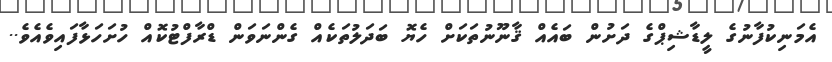
އެމަނިކުފާނުގެ ލީޑާޝިޕްގެ ދަށުން ބައެއް ޤާނޫނުތަކަށް ހެޔޮ ބަދަލުތަކެއް ގެންނަވަން ޑްރާފްޓުކޮއް ހުށަހަޅާފައިވެއެވެ..